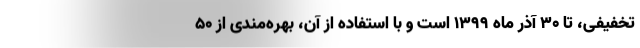
تخفیفی، تا ۳۰ آذر ماه ۱۳۹۹ است و با استفاده از آن، بهره‌مندی از ۵۰